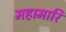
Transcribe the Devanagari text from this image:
महामारि